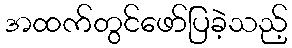
အထက်တွင်ဖော်ပြခဲ့သည့်